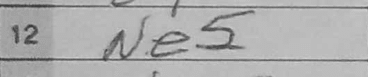
Transcription: Ne5